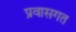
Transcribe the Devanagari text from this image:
प्रवासगत